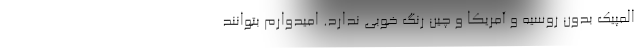
المپیک بدون روسیه و آمریکا و چین رنگ خوبی ندارد. امیدوارم بتوانند